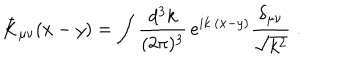
{ \bar { K } } _ { \mu \nu } ( x - y ) = \int \frac { d ^ { 3 } k } { ( 2 \pi ) ^ { 3 } } \, e ^ { i k \cdot ( x - y ) } \frac { \delta _ { \mu \nu } } { \sqrt { k ^ { 2 } } } \; .